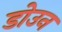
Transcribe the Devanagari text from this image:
डोउन